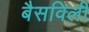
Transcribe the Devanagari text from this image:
बैसविली